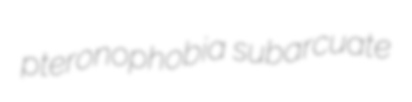
pteronophobia subarcuate